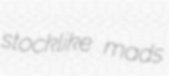
stocklike mads